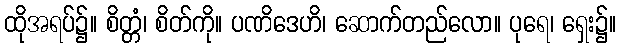
ထိုအရပ်၌။ စိတ္တံ၊ စိတ်ကို။ ပဏိဒေဟိ၊ ဆောက်တည်လော။ ပုရေ၊ ရှေး၌။